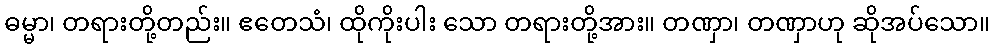
ဓမ္မာ၊ တရားတို့တည်း။ ဧတေသံ၊ ထိုကိုးပါး သော တရားတို့အား။ တဏှာ၊ တဏှာဟု ဆိုအပ်သော။